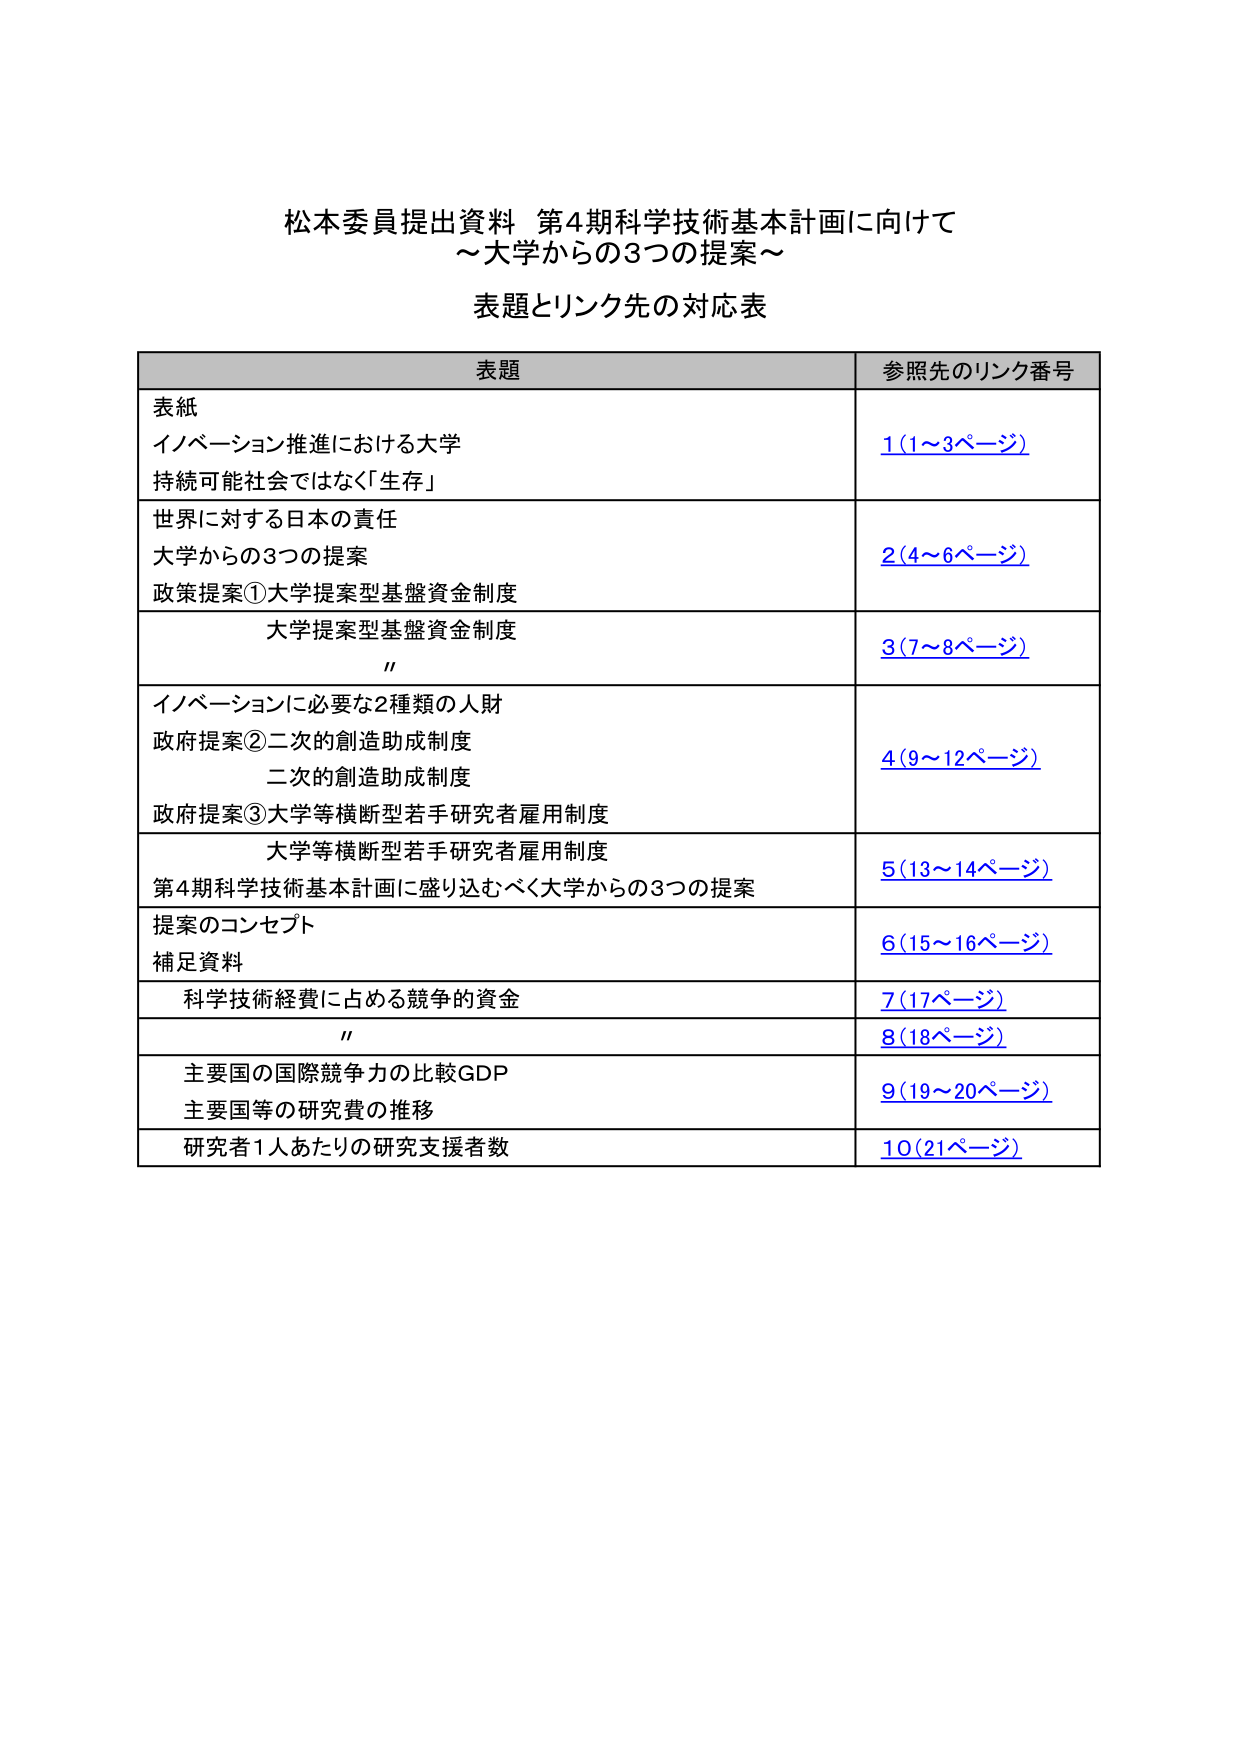
松本委員提出資料 第4期科学技術基本計画に向けて
～大学からの3つの提案～

表題とリンク先の対応表

表題 参照先のリンク番号
表紙
イノベーション推進における大学
持続可能社会ではなく「生存」 1（1～3ページ）
世界に対する日本の責任
大学からの3つの提案
政策提案①大学提案型基盤資金制度 2（4～6ページ）
大学提案型基盤資金制度
〃 3（7～8ページ）
イノベーションに必要な2種類の人財
政府提案②二次的創造助成制度
二次的創造助成制度
政府提案③大学等横断型若手研究者雇用制度 4（9～12ページ）
大学等横断型若手研究者雇用制度
第4期科学技術基本計画に盛り込むべく大学からの3つの提案 5（13～14ページ）
提案のコンセプト
補足資料 6（15～16ページ）
科学技術経費に占める競争的資金 7（17ページ）
〃 8（18ページ）
主要国の国際競争力の比較GDP
主要国等の研究費の推移 9（19～20ページ）
研究者1人あたりの研究支援者数 10（21ページ）